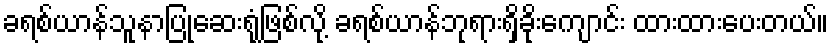
ခရစ်ယာန်သူနာပြုဆေးရုံဖြစ်လို့ ခရစ်ယာန်ဘုရားရှိခိုးကျောင်း ထားထားပေးတယ်။